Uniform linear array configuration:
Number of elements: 16
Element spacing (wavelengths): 0.5
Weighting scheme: cosine
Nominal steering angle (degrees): -30
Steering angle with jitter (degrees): -30.061
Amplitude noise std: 0.05
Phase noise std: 0.05

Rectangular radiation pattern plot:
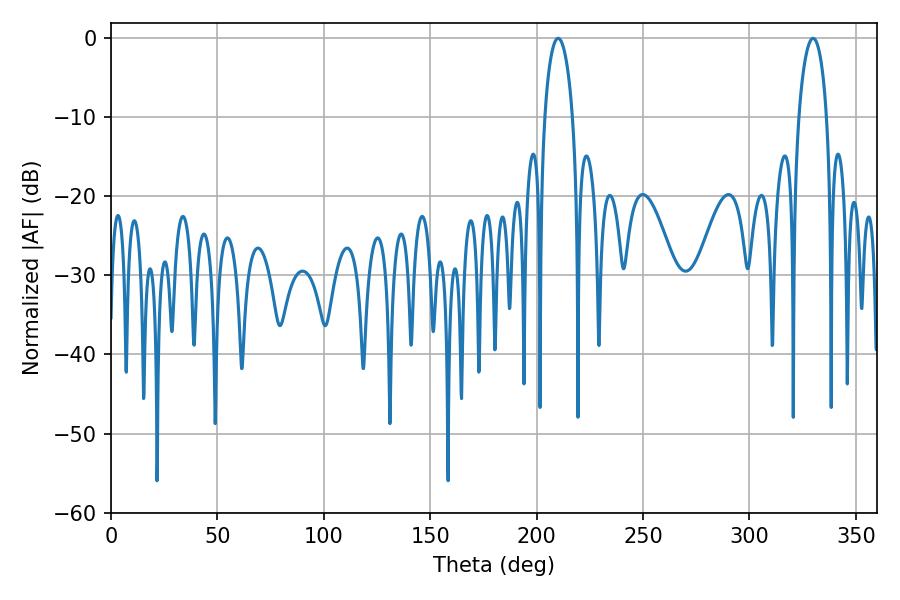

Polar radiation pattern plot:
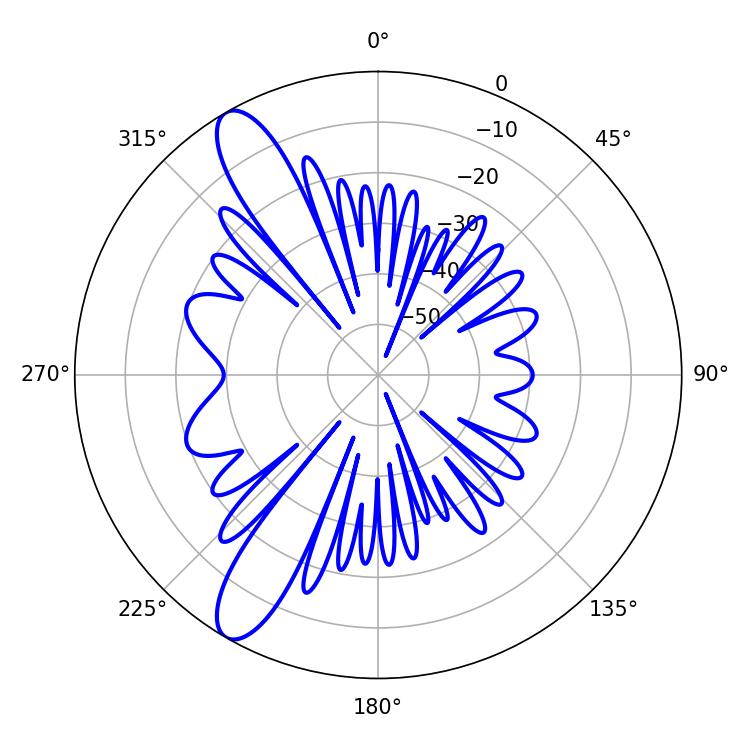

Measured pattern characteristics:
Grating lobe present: FALSE
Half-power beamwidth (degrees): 7.56
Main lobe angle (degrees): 210.06